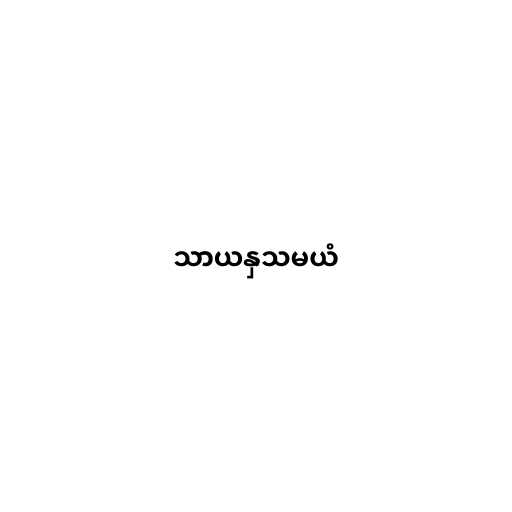
သာယနှသမယံ